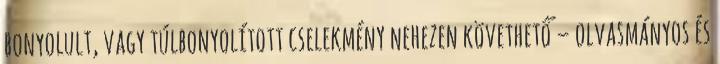
bonyolult, vagy túlbonyolított cselekmény nehezen követhető – olvasmányos és